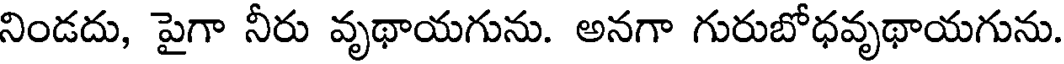
నిండదు, పైగా నీరు వృథాయగును. అనగా గురుబోధవృథాయగును.